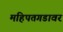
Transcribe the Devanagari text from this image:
महिपतगडावर